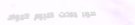
سوبر ماركت النجوم للمواد